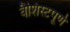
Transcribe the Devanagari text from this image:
वैशिस्टपूर्ण